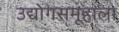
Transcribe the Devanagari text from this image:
उद्योगसमूहाला